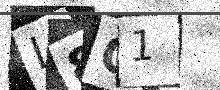
Text: I8O1